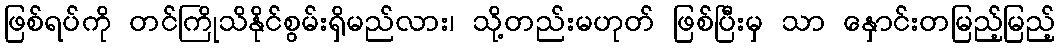
ဖြစ်ရပ်ကို တင်ကြိုသိနိုင်စွမ်းရှိမည်လား၊ သို့တည်းမဟုတ် ဖြစ်ပြီးမှ သာ နှောင်းတမြည့်မြည့်